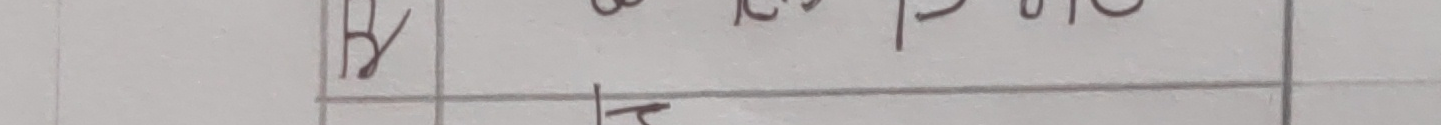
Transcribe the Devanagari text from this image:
यो